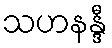
သဟနန္ဒီ